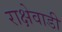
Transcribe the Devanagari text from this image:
राक्षेवाडी